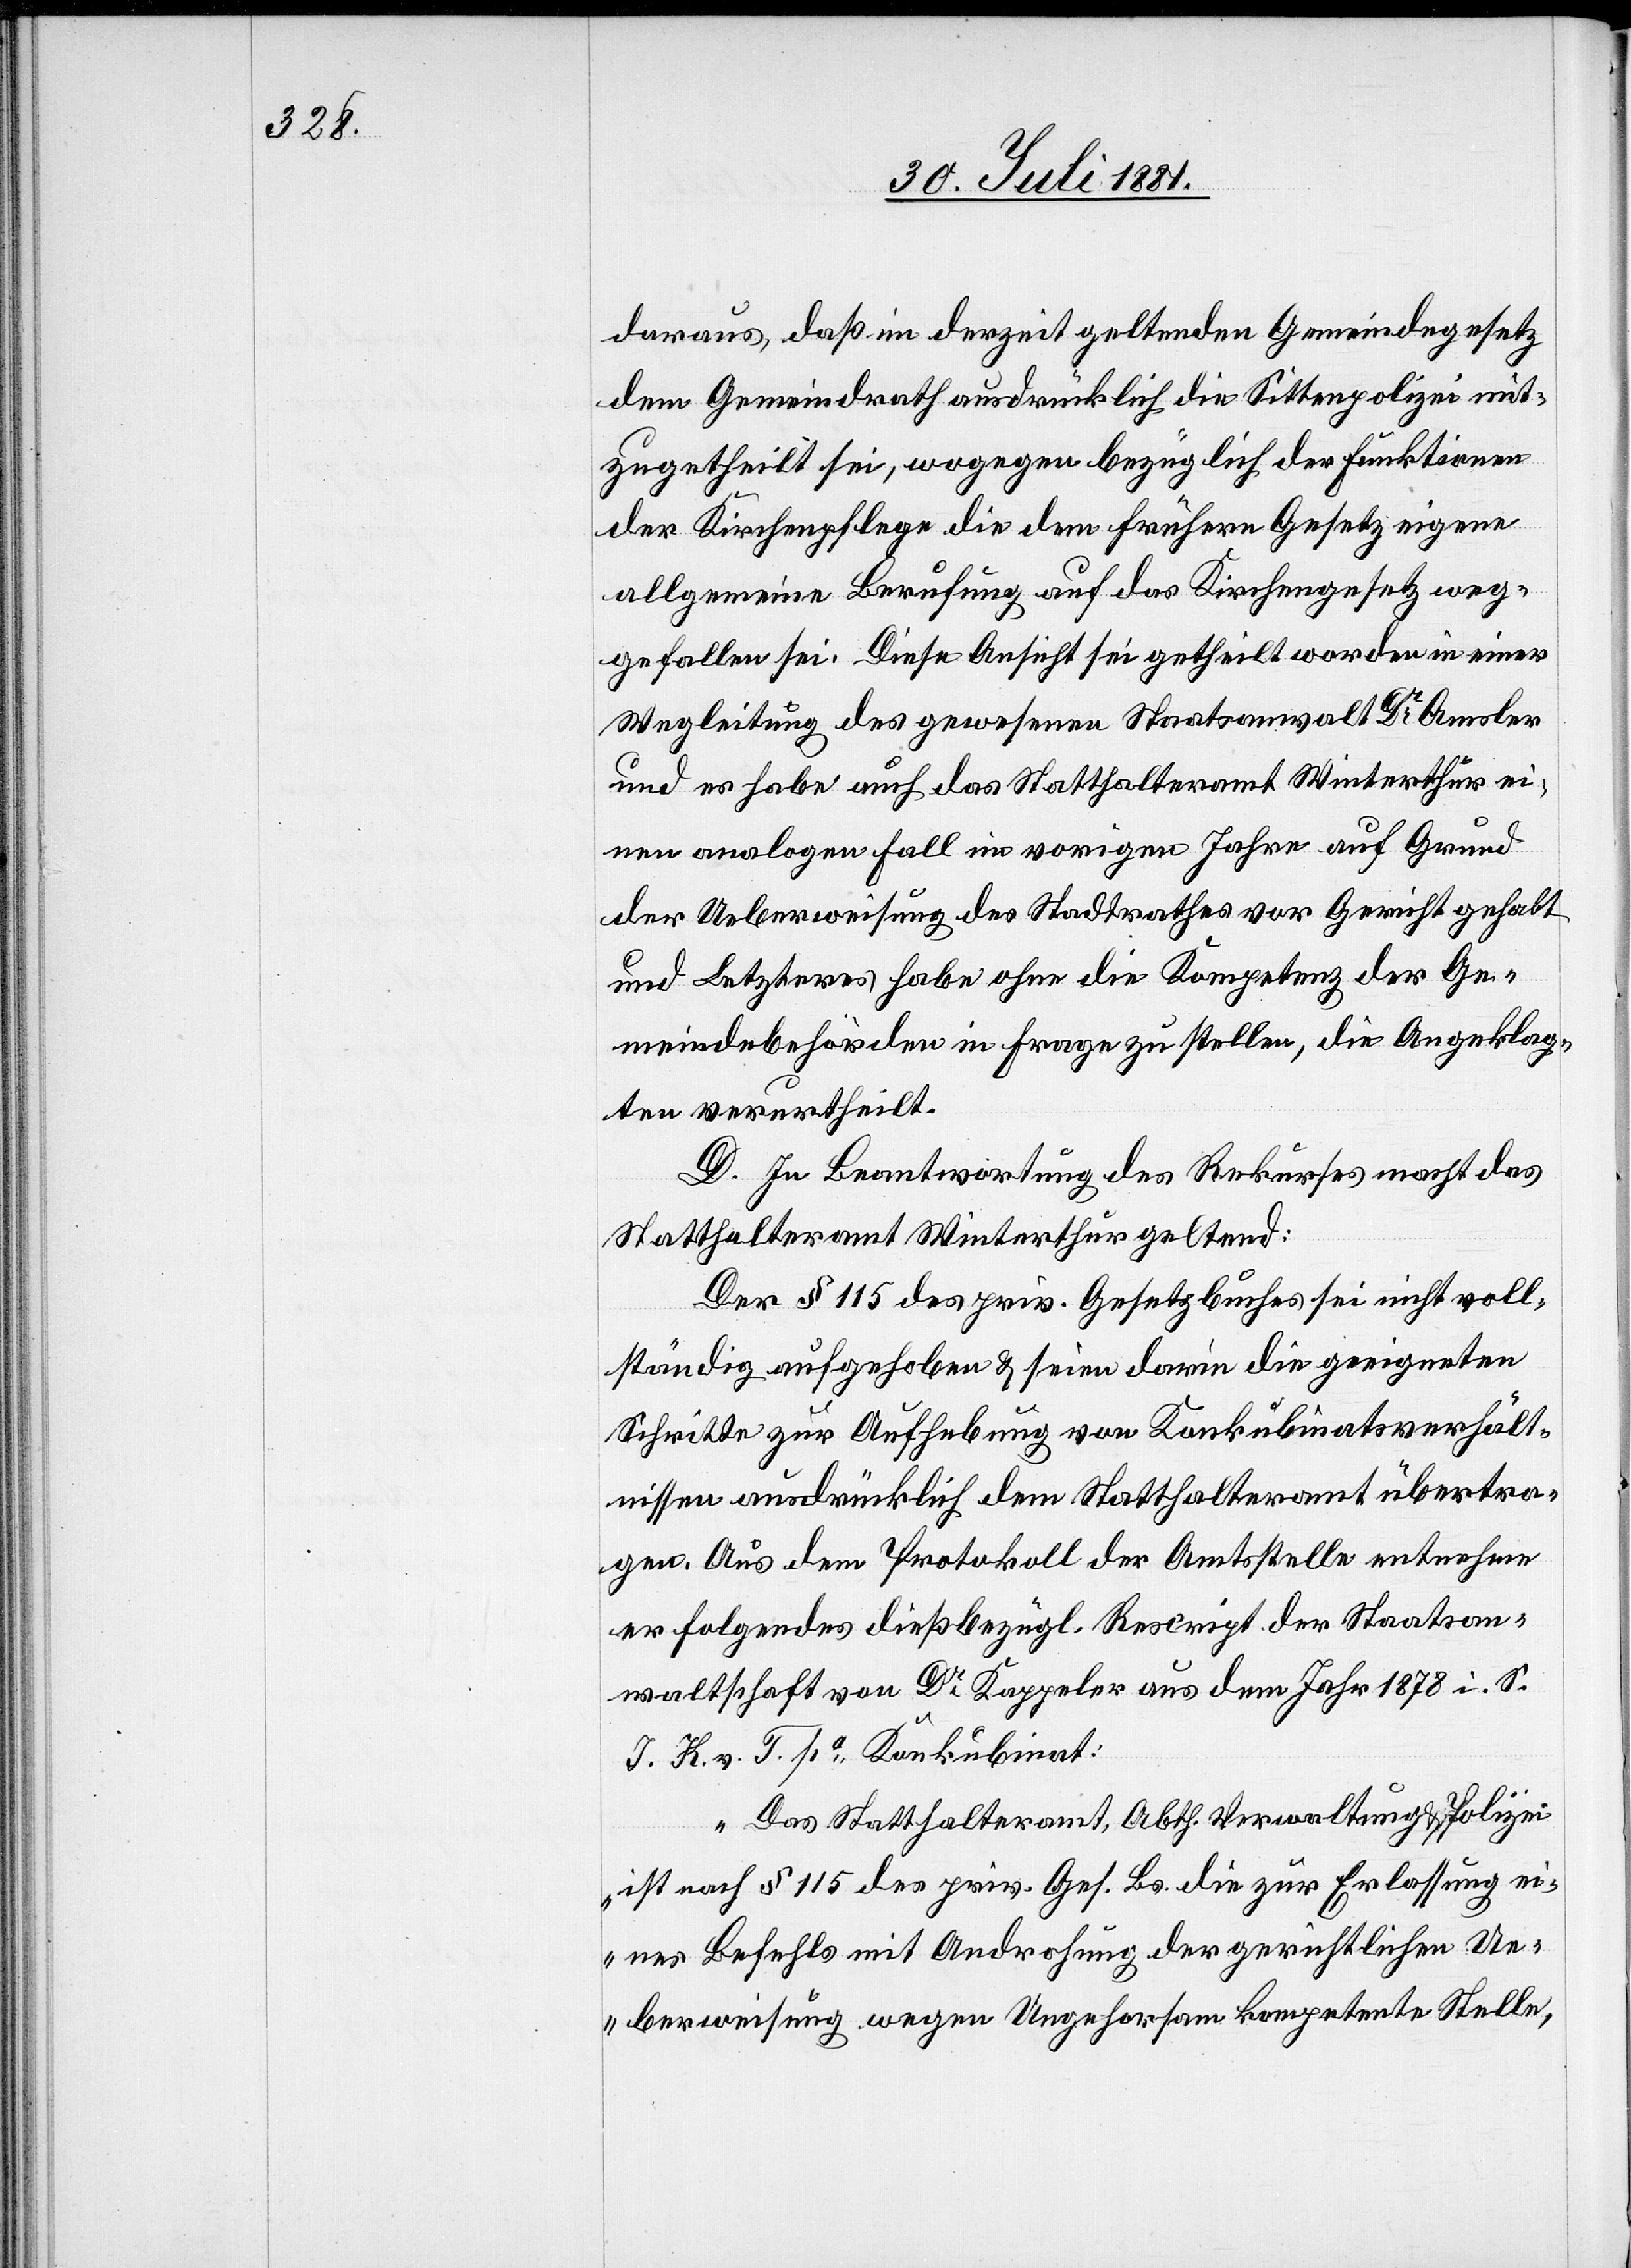
daraus, daß im derzeit geltenden Gemeindegesetz
dem Gemeindrath ausdrücklich die Sittenpolizei mit¬
zugetheilt sei, wogegen bezüglich der Funktionen
der Kirchenpflege die dem frühern Gesetz eigene
allgemeine Berufung auf das Kirchengesetz weg¬
gefallen sei. Diese Ansicht sei getheilt worden in einer
Wegleitung des gewesenen Staatsanwalt Dr Amsler
und es habe auch das Statthalteramt Winterthur ei¬
nen analogen Fall im vorigen Jahre auf Grund
der Ueberweisung des Stadtrathes vor Gericht gehabt
und Letzteres habe ohne die Kompetenz der Ge¬
meindebehörden in Frage zu stellen, die Angeklag¬
ten verurtheilt.
D. In Beantragung des Rekurses macht das
Statthalteramt Winterthur geltend:
Der § 115 des priv. Gesetzbuches sei nicht voll¬
ständig aufgehoben & seien darin die geeigneten
Schritte zur Aufhebung von Konkubinatsverhält¬
nissen ausdrücklich dem Statthalteramt übertra¬
gen. Aus dem Protokoll der Amtsstelle entnehme
er folgendes dießbezügl. Rescript der Staatsan¬
waltschaft von Dr Kappler aus dem Jahr 1878 i. S.
J. K. v. T. po Konkubinat:
„Das Statthalteramt, Abth. Verwaltung & Polizei
ist nach § 115 des priv. Ges. Bs. die zur Erlassung ei¬
nes Befehls mit Androhung der gerichtlichen Ue¬
berweisung wegen Ungehorsam kompetente Stelle,